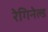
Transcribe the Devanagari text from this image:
रेगिनेल्‍ड